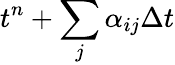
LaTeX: t^{n}+\sum_{j}\alpha_{ij}\Delta t